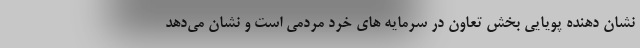
نشان دهنده پویایی بخش تعاون در سرمایه های خرد مردمی است و نشان می‌دهد